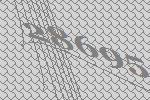
28695